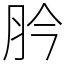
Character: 肣